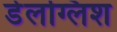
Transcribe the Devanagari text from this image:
डेलग्लिश